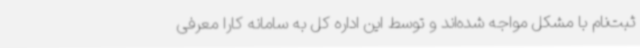
ثبت‌نام با مشکل مواجه شده‌اند و توسط این اداره کل به سامانه کارا معرفی